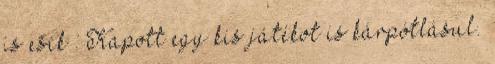
is esik : Kapott egy kis játékot is kárpótlásul.